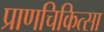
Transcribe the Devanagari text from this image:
प्राणचिकित्सा